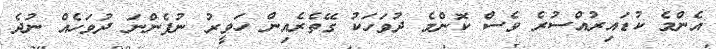
އެންމެ ކުޑައިރުއްސުރެ ވެސް ކޮންމެ ދުވަހަކު ގޭތެރެއިން ހަވީރު ނުފެންނަ ދުވަހެއް ނުދެ